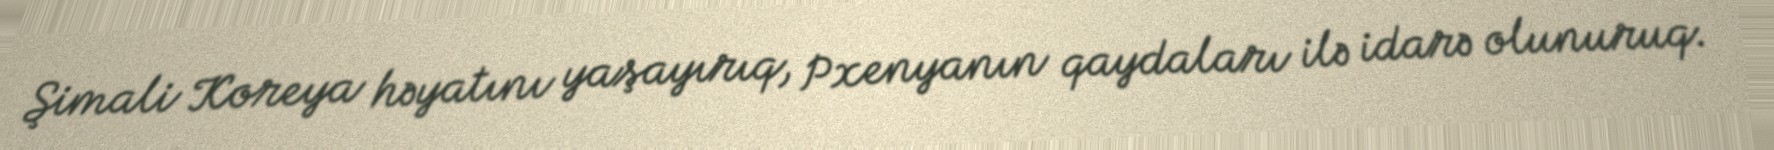
Şimali Koreya həyatını yaşayırıq, Pxenyanın qaydaları ilə idarə olunuruq.